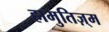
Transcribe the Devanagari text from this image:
हामुतिज़्म